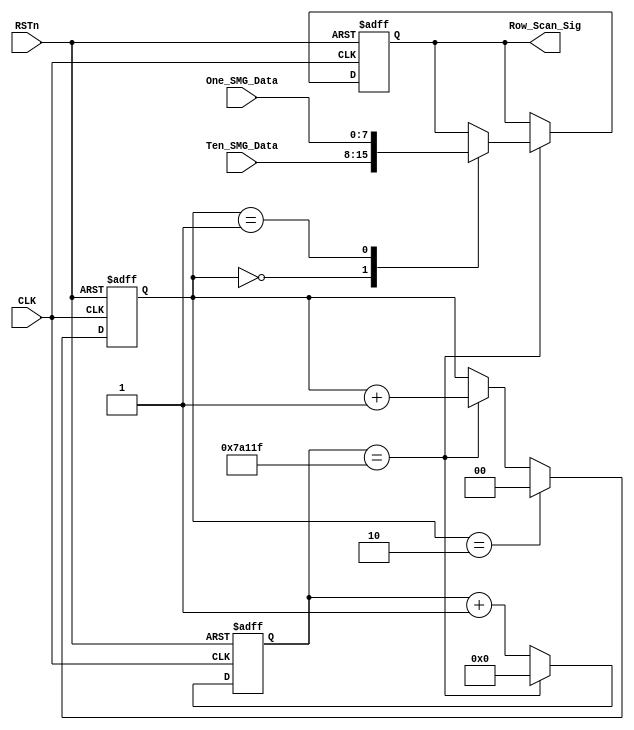
//////////////////////////////////////////////////
//// ROW_SCAN_MODULE.v
//// 					ZHAOCHAO
////						2016-11-13
///////////////////////////////////////////////////////////
////

module ROW_SCAN_MODULE
(
	CLK, RSTn, 
	Ten_SMG_Data, One_SMG_Data,
	Row_Scan_Sig
);

	input CLK;
	input RSTn;
	input [7:0]Ten_SMG_Data;
	input [7:0]One_SMG_Data;
	output [7:0]Row_Scan_Sig;
	
	
	//// 50M*0.01=499_999
	parameter T10MS = 19'd499_999;
	
	
	reg [18:0]Count1;
	
	always@(posedge CLK or negedge RSTn)
		if(!RSTn)
			Count1 <= 19'd0;
		else if(Count1 == T10MS)
			Count1 <= 19'd0;
		else 
			Count1 <= Count1 + 1'b1;
			
	//////////////////////////////
	
	
	reg [1:0]rSel_index;
	
	always@(posedge CLK or negedge RSTn)
		if(!RSTn)
			rSel_index <= 2'd0;
		else if(rSel_index == 2'd2)
			rSel_index <= 2'd0;
		else if(Count1 == T10MS)
			rSel_index <= rSel_index + 1'b1;
			

	
	///////////////////////////////////////////
	
	reg [7:0]rData;
	
	always@(posedge CLK or negedge RSTn)
		if(!RSTn)
			rData <= 8'd0;
		else if(Count1 == T10MS)
			case (rSel_index)
				2'd0:
					rData <= Ten_SMG_Data;
				2'd1:
					rData <= One_SMG_Data;
			endcase
			
	/////////////////////////////////////
	
	assign Row_Scan_Sig = rData;
	
endmodule